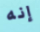
إنه